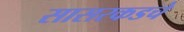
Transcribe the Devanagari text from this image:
सासरकडचे